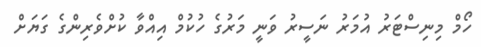
ހޯމް މިނިސްޓަރު އުމަރު ނަސީރު ވަނީ މަރުގެ ހުކުމް އިއްވާ ކުށްވެރިންގެ ގަޔަށް